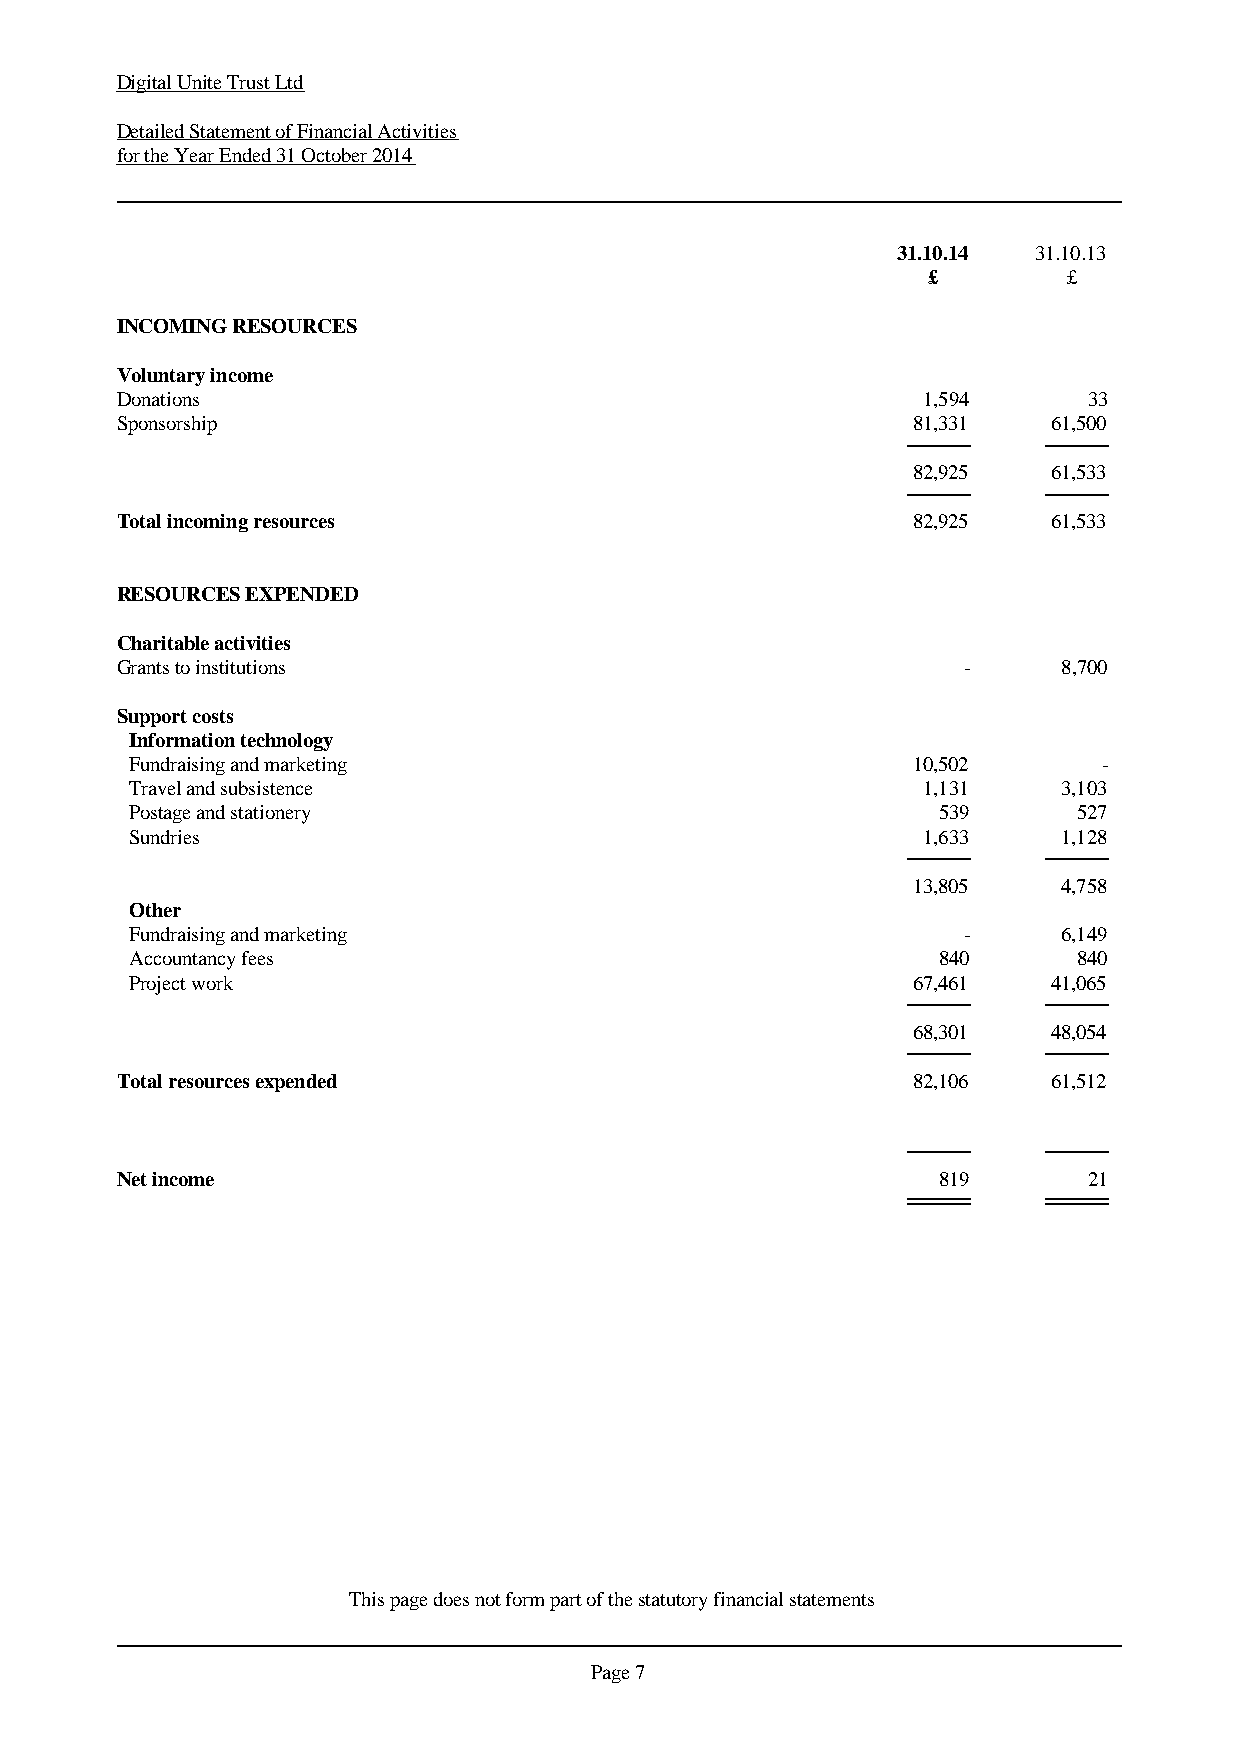
Digital Unite Trust Ltd
 Detailed Statement of Financial Activities
 for the Year Ended 31 October 2014
 31.10.14  31.10.13
 £         £
 INCOMING RESOURCES
 Voluntary income
 Donations                                            1,594      33
 Sponsorship                                         81,331    61,500
 82,925    61,533
 Total incoming resources                            82,925    61,533
 RESOURCES EXPENDED
 Charitable activities
 Grants to institutions                                  -     8,700
 Support costs
 Information technology
 Fundraising and marketing                          10,502       -
 Travel and subsistence                              1,131    3,103
 Postage and stationery                               539      527
 Sundries                                            1,633    1,128
 13,805    4,758
 Other
 Fundraising and marketing                              -     6,149
 Accountancy fees                                     840      840
 Project work                                       67,461    41,065
 68,301    48,054
 Total resources expended                            82,106    61,512
 Net income                                            819       21
 This page does not form part of the statutory financial statements
 Page 7